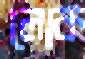
লোক